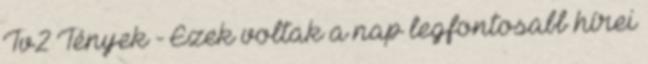
Tv2 Té­­nyek - Ezek vol­­tak a nap leg­­­fon­­to­­sabb hírei